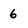
Character: 6